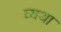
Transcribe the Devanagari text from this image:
व्‍यथा